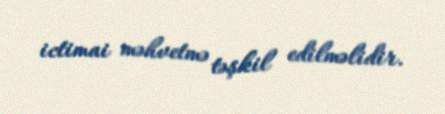
ictimai məhvetmə təşkil edilməlidir.